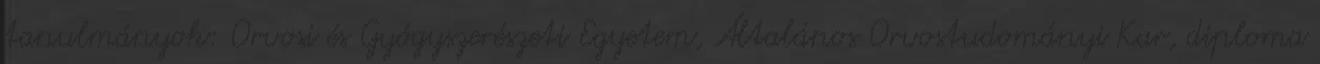
tanulmányok: Orvosi és Gyógyszerészeti Egyetem, Általános Orvostudományi Kar, diploma